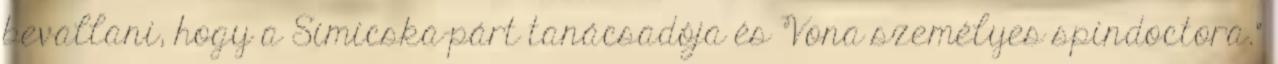
bevallani, hogy a Simicska-párt tanácsadója és Vona személyes spindoctora."